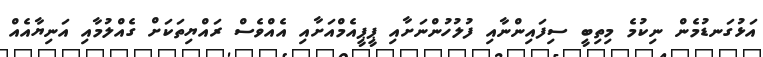
އަޅުގަނޑުމެން ނިކުމެ މިތިބީ ސިފައިންނާއި ފުލުހުންނަށާއި ޕީޕީއެމްއަށާއި އެއްވެސް ރައްޔިތަކަށް ގެއްލުމާއި އަނިޔާއެއް